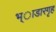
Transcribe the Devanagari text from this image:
भ्ाडारगृह